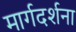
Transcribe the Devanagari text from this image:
मार्गदर्शना